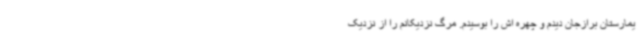
یمارستان برازجان دیدم و چهره اش را بوسیدم. مرگ‌ نزدیکانم را از نزدیک